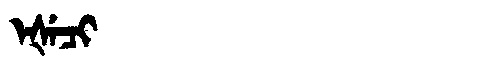
Manchu: ᡝᡧᡝᠴᡳ
Romanization: EŠECI